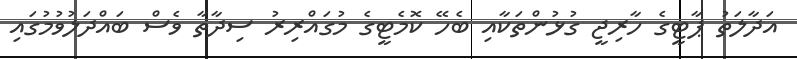
އަދާލަތު ޕާޓީގެ ހާރިޖީ ގުޅުންތަކާއި ބެހޭ ކޮމެޓީގެ މުގައްރިރު ސިދާތާ ވެސް ބައްދަލުވުމުގައި